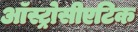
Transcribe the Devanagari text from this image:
ऑस्ट्रोसीएटिक